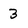
Character: 3